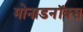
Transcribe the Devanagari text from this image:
मोनाडनॉक्स